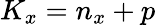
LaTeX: K_{x}=n_{x}+p